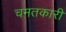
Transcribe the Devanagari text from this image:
चमतकारी